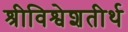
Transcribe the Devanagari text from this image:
श्रीविश्वेशतीर्थ